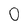
Character: 0